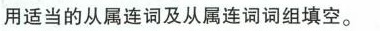
用适当的从属连词及从属连词词组填空.。